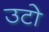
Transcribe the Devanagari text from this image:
उटो